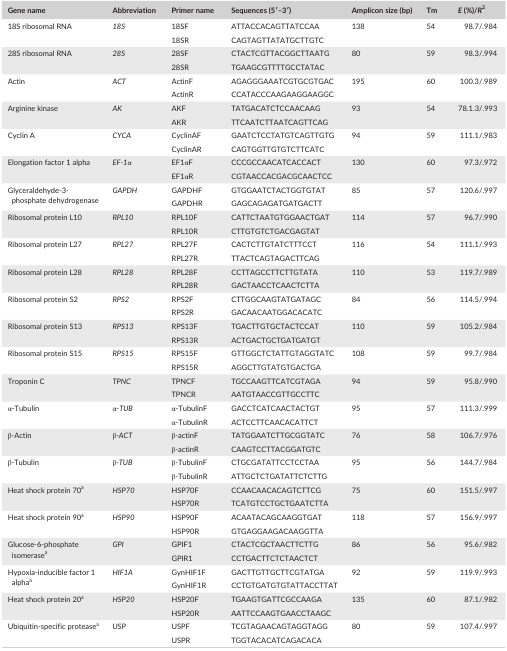
<table><thead><tr><td><b>Gene name</b></td><td><b>Abbreviation</b></td><td><b>Primer name</b></td><td><b>Sequences (5′–3′)</b></td><td><b>Amplicon size (bp)</b></td><td><b>Tm</b></td><td><b><i>E</i> (%)/<i>R</i><sup>2</sup></b></td></tr></thead><tbody><tr><td rowspan="2">18S ribosomal RNA</td><td rowspan="2"><i>18S</i></td><td>18SF</td><td>ATTACCACAGTTATCCAA</td><td rowspan="2">138</td><td rowspan="2">54</td><td rowspan="2">98.7/.984</td></tr><tr><td>18SR</td><td>CAGTAGTTATATGCTTGTC</td></tr><tr><td rowspan="2">28S ribosomal RNA</td><td rowspan="2"><i>28S</i></td><td>28SF</td><td>CTACTCGTTACGGCTTAATG</td><td rowspan="2">80</td><td rowspan="2">59</td><td rowspan="2">98.3/.994</td></tr><tr><td>28SR</td><td>TGAAGCGTTTTGCCTATAC</td></tr><tr><td rowspan="2">Actin</td><td rowspan="2"><i>ACT</i></td><td>ActinF</td><td>AGAGGGAAATCGTGCGTGAC</td><td rowspan="2">195</td><td rowspan="2">60</td><td rowspan="2">100.3/.989</td></tr><tr><td>ActinR</td><td>CCATACCCAAGAAGGAAGGC</td></tr><tr><td rowspan="2">Arginine kinase</td><td rowspan="2"><i>AK</i></td><td>AKF</td><td>TATGACATCTCCAACAAG</td><td rowspan="2">93</td><td rowspan="2">54</td><td rowspan="2">78.1.3/.993</td></tr><tr><td>AKR</td><td>TTCAATCTTAATCAGTTCAG</td></tr><tr><td rowspan="2">Cyclin A</td><td rowspan="2"><i>CYCA</i></td><td>CyclinAF</td><td>GAATCTCCTATGTCAGTTGTG</td><td rowspan="2">94</td><td rowspan="2">59</td><td rowspan="2">111.1/.983</td></tr><tr><td>CyclinAR</td><td>CAGTGGTTGTGTCTTCATC</td></tr><tr><td rowspan="2">Elongation factor 1 alpha</td><td rowspan="2"><i>EF‐1</i>α</td><td>EF1αF</td><td>CCCGCCAACATCACCACT</td><td rowspan="2">130</td><td rowspan="2">60</td><td rowspan="2">97.3/.972</td></tr><tr><td>EF1αR</td><td>CGTAACCACGACGCAACTCC</td></tr><tr><td rowspan="2">Glyceraldehyde‐3‐phosphate dehydrogenase</td><td rowspan="2"><i>GAPDH</i></td><td>GAPDHF</td><td>GTGGAATCTACTGGTGTAT</td><td rowspan="2">85</td><td rowspan="2">57</td><td rowspan="2">120.6/.997</td></tr><tr><td>GAPDHR</td><td>GAGCAGAGATGATGACTT</td></tr><tr><td rowspan="2">Ribosomal protein L10</td><td rowspan="2"><i>RPL10</i></td><td>RPL10F</td><td>CATTCTAATGTGGAACTGAT</td><td rowspan="2">114</td><td rowspan="2">57</td><td rowspan="2">96.7/.990</td></tr><tr><td>RPL10R</td><td>CTTGTGTCTGACGAGTAT</td></tr><tr><td rowspan="2">Ribosomal protein L27</td><td rowspan="2"><i>RPL27</i></td><td>RPL27F</td><td>CACTCTTGTATCTTTCCT</td><td rowspan="2">116</td><td rowspan="2">54</td><td rowspan="2">111.1/.993</td></tr><tr><td>RPL27R</td><td>TTACTCAGTAGACTTCAG</td></tr><tr><td rowspan="2">Ribosomal protein L28</td><td rowspan="2"><i>RPL28</i></td><td>RPL28F</td><td>CCTTAGCCTTCTTGTATA</td><td rowspan="2">110</td><td rowspan="2">53</td><td rowspan="2">119.7/.989</td></tr><tr><td>RPL28R</td><td>GACTAACCTCAACTCTTA</td></tr><tr><td rowspan="2">Ribosomal protein S2</td><td rowspan="2"><i>RPS2</i></td><td>RPS2F</td><td>CTTGGCAAGTATGATAGC</td><td rowspan="2">84</td><td rowspan="2">56</td><td rowspan="2">114.5/.994</td></tr><tr><td>RPS2R</td><td>GACAACAATGGACACATC</td></tr><tr><td rowspan="2">Ribosomal protein S13</td><td rowspan="2"><i>RPS13</i></td><td>RPS13F</td><td>TGACTTGTGCTACTCCAT</td><td rowspan="2">110</td><td rowspan="2">59</td><td rowspan="2">105.2/.984</td></tr><tr><td>RPS13R</td><td>ACTGACTGCTGATGATGT</td></tr><tr><td rowspan="2">Ribosomal protein S15</td><td rowspan="2"><i>RPS15</i></td><td>RPS15F</td><td>GTTGGCTCTATTGTAGGTATC</td><td rowspan="2">108</td><td rowspan="2">59</td><td rowspan="2">99.7/.984</td></tr><tr><td>RPS15R</td><td>AGGCTTGTATGTGACTGA</td></tr><tr><td rowspan="2">Troponin C</td><td rowspan="2"><i>TPNC</i></td><td>TPNCF</td><td>TGCCAAGTTCATCGTAGA</td><td rowspan="2">94</td><td rowspan="2">59</td><td rowspan="2">95.8/.990</td></tr><tr><td>TPNCR</td><td>AATGTAACCGTTGCCTTC</td></tr><tr><td rowspan="2">α‐Tubulin</td><td rowspan="2">α<i>‐TUB</i></td><td>α‐TubulinF</td><td>GACCTCATCAACTACTGT</td><td rowspan="2">95</td><td rowspan="2">57</td><td rowspan="2">111.3/.999</td></tr><tr><td>α‐TubulinR</td><td>ACTCCTTCAACACATTCT</td></tr><tr><td rowspan="2">β‐Actin</td><td rowspan="2">β<i>‐ACT</i></td><td>β‐actinF</td><td>TATGGAATCTTGCGGTATC</td><td rowspan="2">76</td><td rowspan="2">58</td><td rowspan="2">106.7/.976</td></tr><tr><td>β‐actinR</td><td>CAAGTCCTTACGGATGTC</td></tr><tr><td rowspan="2">β‐Tubulin</td><td rowspan="2">β<i>‐TUB</i></td><td>β‐TubulinF</td><td>CTGCGATATTCCTCCTAA</td><td rowspan="2">95</td><td rowspan="2">56</td><td rowspan="2">144.7/.984</td></tr><tr><td>β‐TubulinR</td><td>ATTGCTCTGATATTCTCTTG</td></tr><tr><td rowspan="2">Heat shock protein 70a</td><td rowspan="2"><i>HSP70</i></td><td>HSP70F</td><td>CCAACAACACAGTCTTCG</td><td rowspan="2">75</td><td rowspan="2">60</td><td rowspan="2">151.5/.997</td></tr><tr><td>HSP70R</td><td>TCATGTCCTGCTGAATCTTA</td></tr><tr><td rowspan="2">Heat shock protein 90a</td><td rowspan="2"><i>HSP90</i></td><td>HSP90F</td><td>ACAATACAGCAAGGTGAT</td><td rowspan="2">118</td><td rowspan="2">57</td><td rowspan="2">156.9/.997</td></tr><tr><td>HSP90R</td><td>GTGAGGAAGACAAGGTTA</td></tr><tr><td rowspan="2">Glucose‐6‐phosphate isomerasea</td><td rowspan="2"><i>GPI</i></td><td>GPIF1</td><td>CTACTCGCTAACTTCTTG</td><td rowspan="2">86</td><td rowspan="2">56</td><td rowspan="2">95.6/.982</td></tr><tr><td>GPIR1</td><td>CCTGACTTCTCTAACTCT</td></tr><tr><td rowspan="2">Hypoxia‐inducible factor 1 alphaa</td><td rowspan="2"><i>HIF1A</i></td><td>GynHIF1F</td><td>GACTTGTTGCTTCGTATGA</td><td rowspan="2">92</td><td rowspan="2">59</td><td rowspan="2">119.9/.993</td></tr><tr><td>GynHIF1R</td><td>CCTGTGATGTGTATTACCTTAT</td></tr><tr><td rowspan="2">Heat shock protein 20a</td><td rowspan="2"><i>HSP20</i></td><td>HSP20F</td><td>TGAAGTGATTCGCCAAGA</td><td rowspan="2">135</td><td rowspan="2">60</td><td rowspan="2">87.1/.982</td></tr><tr><td>HSP20R</td><td>AATTCCAAGTGAACCTAAGC</td></tr><tr><td rowspan="2">Ubiquitin‐specific proteasea</td><td rowspan="2"><i>USP</i></td><td>USPF</td><td>TCGTAGAACAGTAGGTAGG</td><td rowspan="2">80</td><td rowspan="2">59</td><td rowspan="2">107.4/.997</td></tr><tr><td>USPR</td><td>TGGTACACATCAGACACA</td></tr></tbody></table>